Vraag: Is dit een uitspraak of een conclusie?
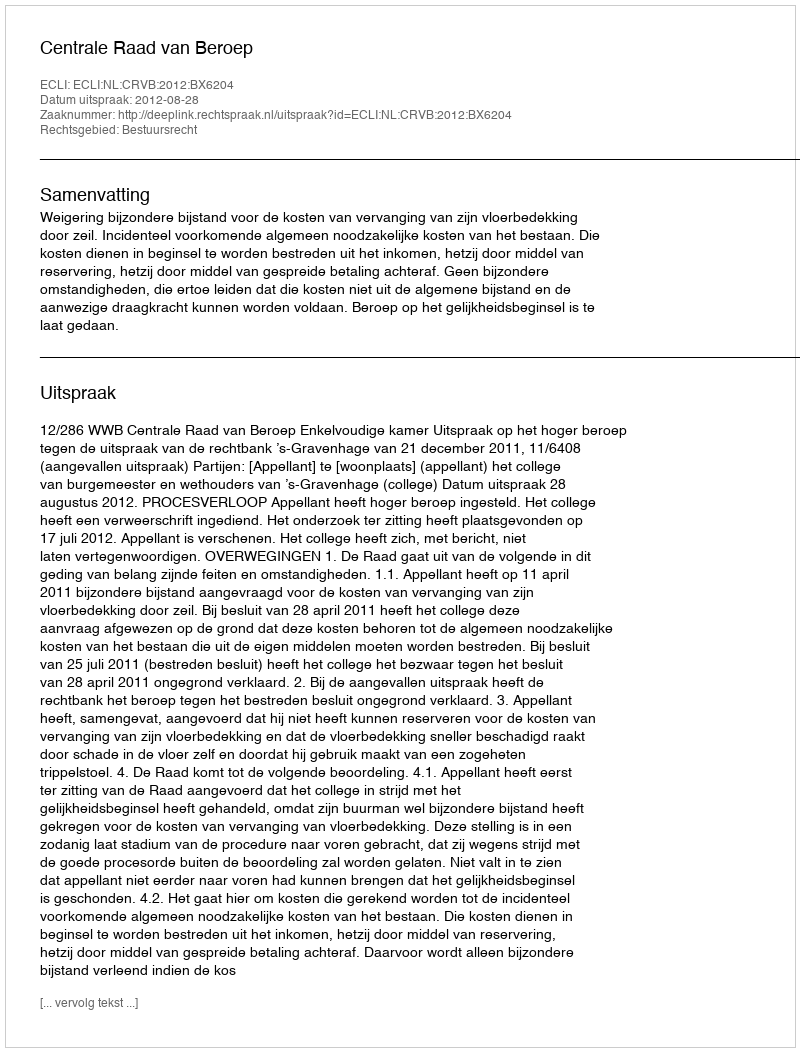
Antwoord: Uitspraak